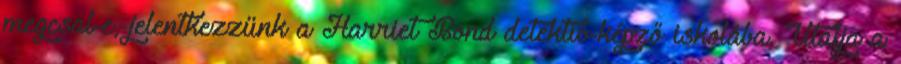
megcsal-e, jelentkezzünk a Harriet Bond detektív-képző iskolába. Utálja a